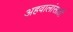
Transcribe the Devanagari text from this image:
अहवालांसाठी